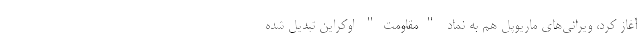
آغاز کرد، ویرانی‌های ماریوپل هم به نماد "مقاومت" اوکراین تبدیل شده